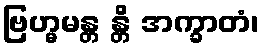
ဗြဟ္မမန္တ န္တိ အက္ခာတံ၊